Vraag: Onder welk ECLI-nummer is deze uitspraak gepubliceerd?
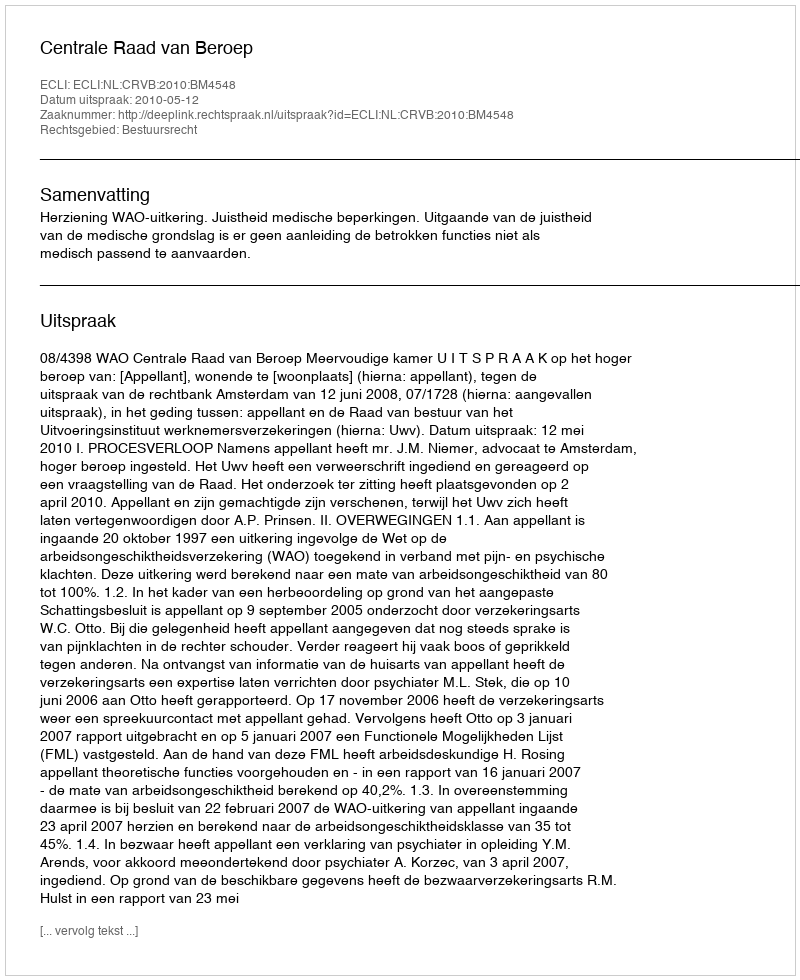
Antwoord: ECLI:NL:CRVB:2010:BM4548